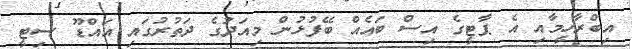
އިބްރާހީމާއި އެ ޕާޓީގެ އިސް ބައެއް ބޭފުޅުން މިއަދުގެ ދަތުރުގައި އައްޑޫ ސިޓީ